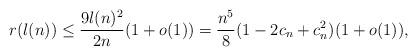
LaTeX: \begin{align*}r(l(n)) \le \frac{9l(n)^{2}}{2n} (1+o(1)) = \frac{n^{5}}{8} (1-2c_{n}+c_{n}^{2}) (1+o(1)),\end{align*}